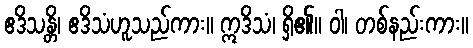
ဧဒိသန္တိ၊ ဧဒိသံဟူသည်ကား။ ဣဒိသံ၊ ရှိ၏။ ဝါ၊ တစ်နည်းကား။